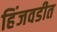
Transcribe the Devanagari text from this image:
हिंजवडीत